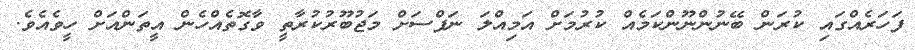
ފަހަރެއްގައި ކުރަން ބޭނުންނޫންކަމެއް ކުރުމަށް އަމިއްލަ ނަފްސަށް މަޖުބޫރުކުރާތީ ވާގޮތެއްހެން އީތަންއަށް ހީވެއެވެ.